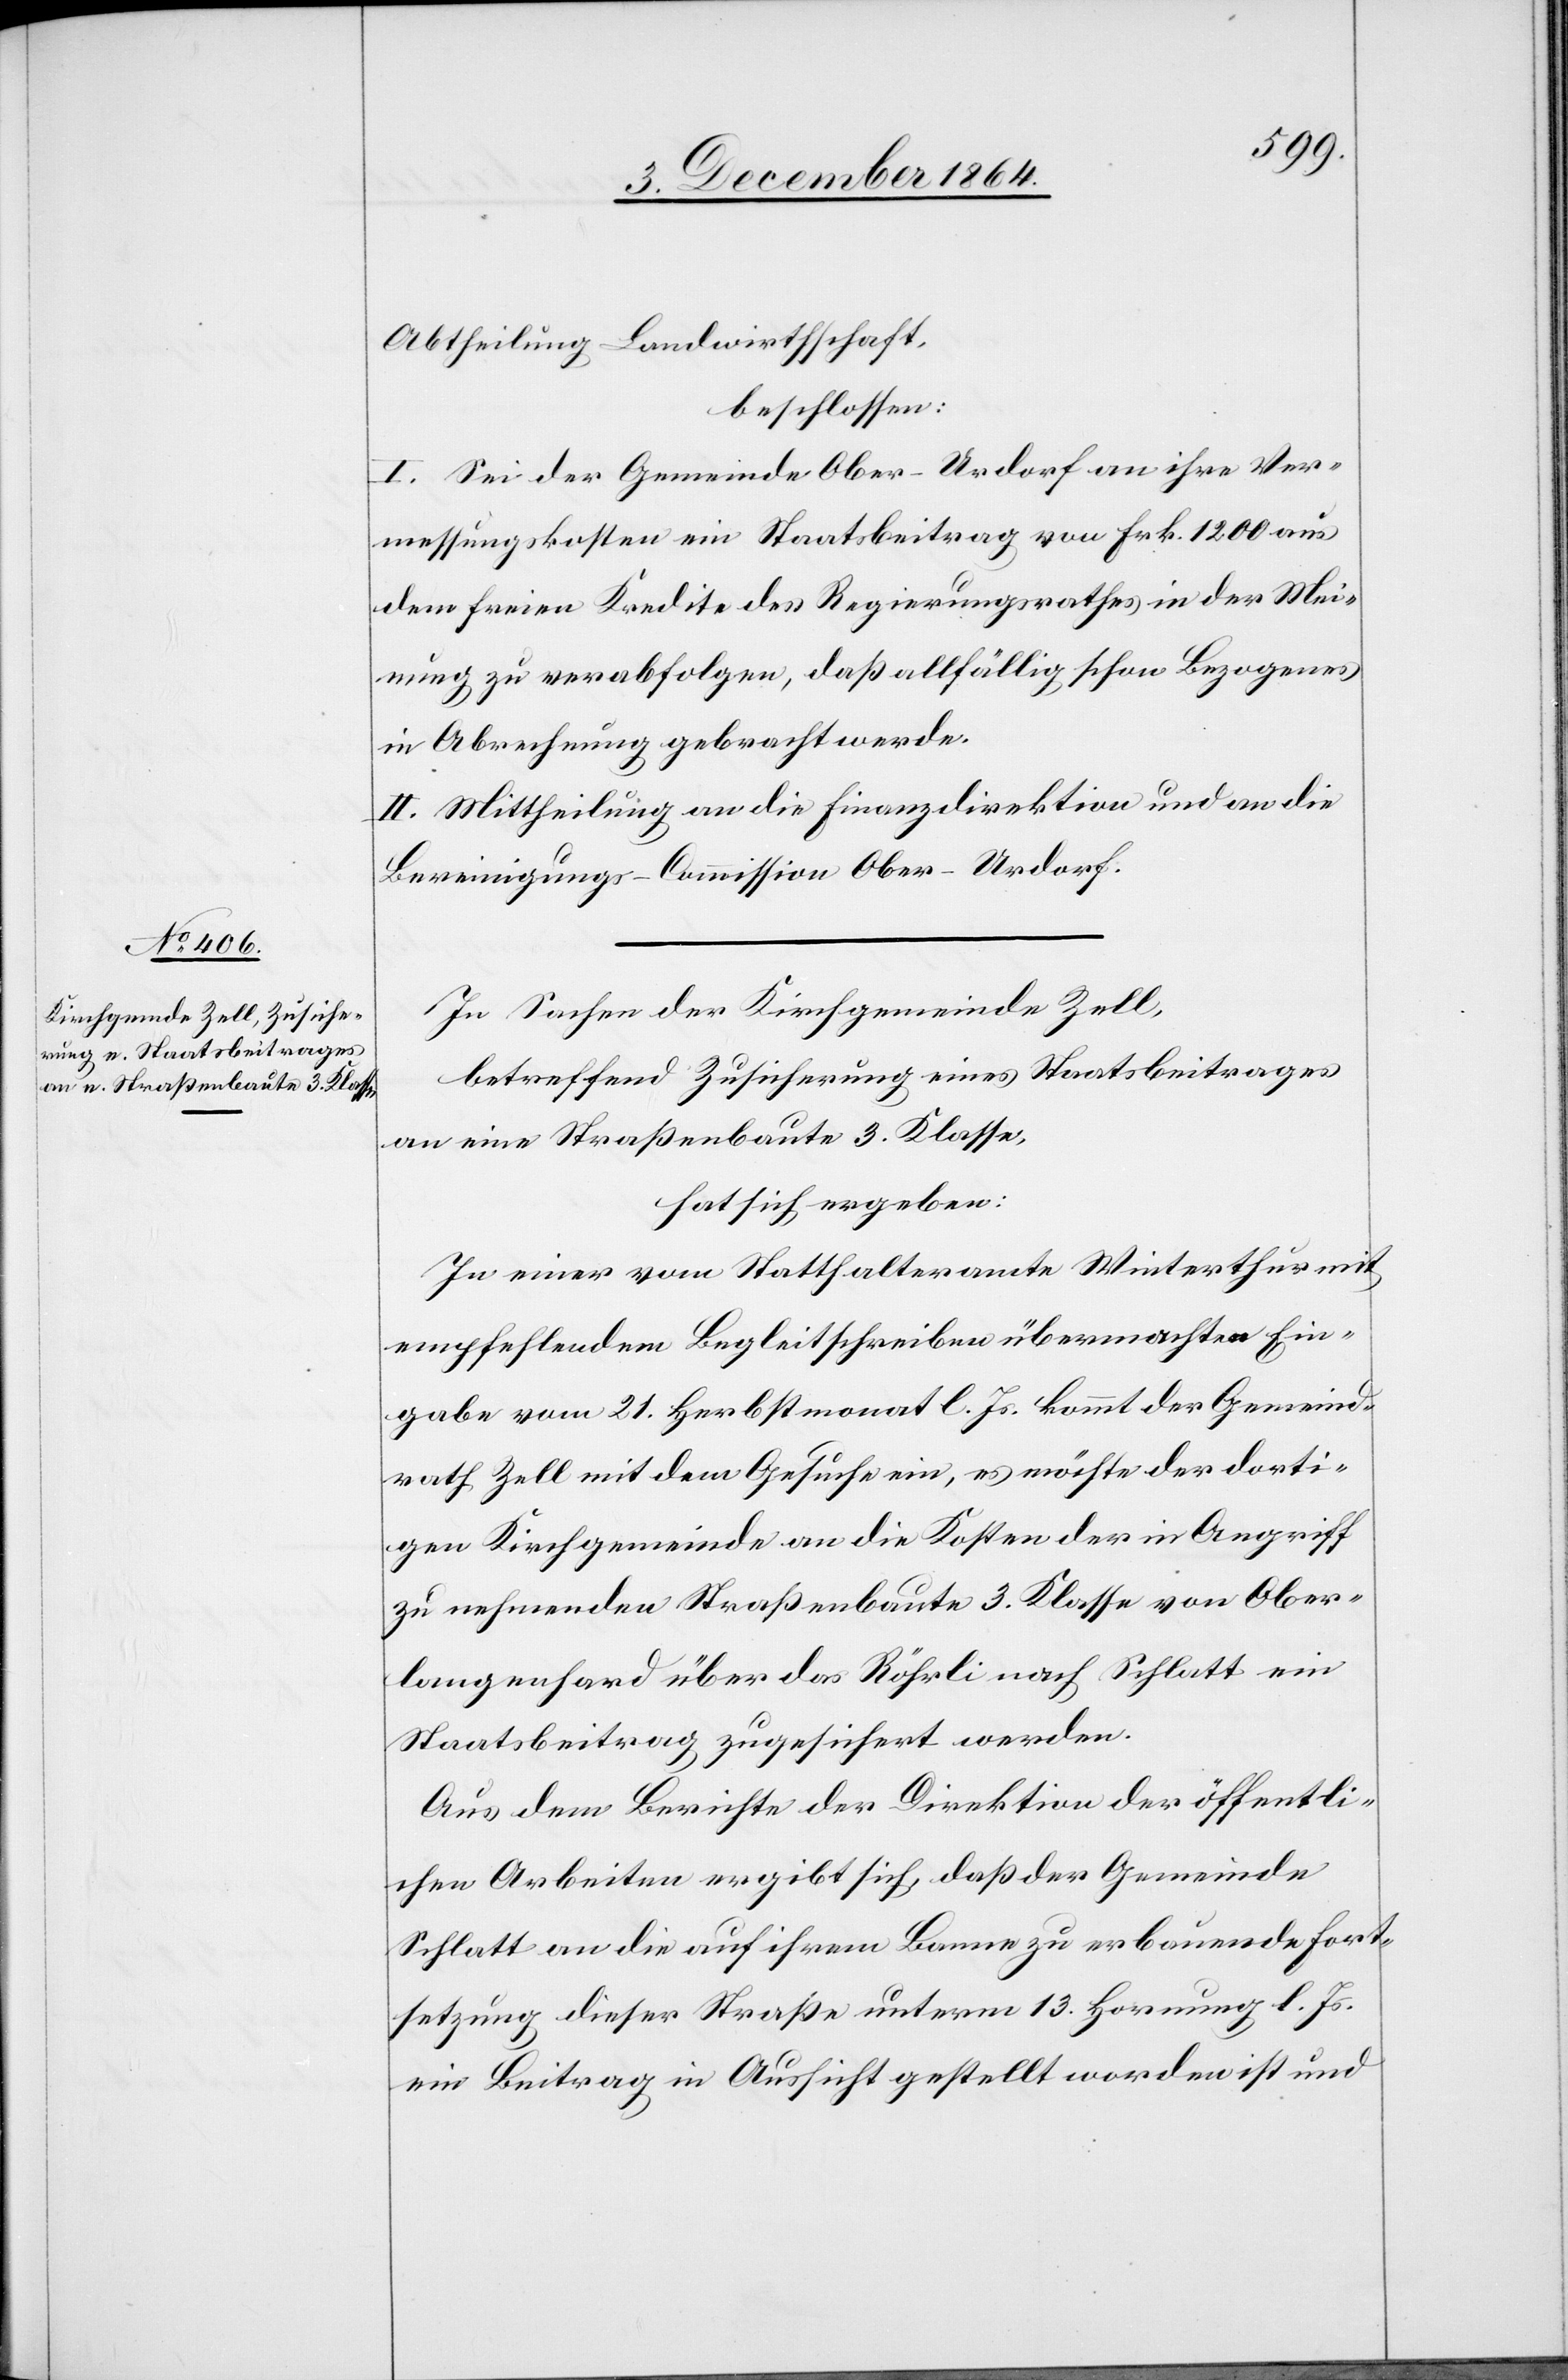
Abtheilung Landwirthschaft,
beschlossen:
I. Sei der Gemeinde Ober-Urdorf an ihre Ver¬
messungskosten ein Staatsbeitrag von Frk. 1 200 aus
dem freien Kredite des Regierungsrathes in der Mei¬
nung zu verabfolgen, daß allfällig schon Bezogenes
in Abrechnung gebracht werde.
II. Mittheilung an die Finanzdirektion und an die
Bereinigungs-Commission Ober-Urdorf.
In Sachen der Kirchgemeinde Zell,
betreffend Zusicherung eines Staatsbeitrages
an eine Straßenbaute 3. Klasse,
hat sich ergeben:
In einer vom Statthalteramte Winterthur mit
empfehlendem Begleitschreiben übermachten Ein¬
gabe vom 21. Herbstmonat l. Js. kommt der Gemeind¬
rath Zell mit dem Gesuche ein, es möchte der dorti¬
gen Kirchgemeinde an die Kosten der in Angriff
zu nehmenden Straßenbaute 3. Klasse von Ober¬
langenhard über das Röhrli nach Schlatt ein
Staatsbeitrag zugesichert werden.
Aus dem Berichte der Direktion der öffentli¬
chen Arbeiten ergibt sich, daß der Gemeinde
Schlatt an die auf ihrem Banne zu erbauende Fort¬
setzung dieser Straße unterm 13. Hornung l. Js.
ein Beitrag in Aussicht gestellt worden ist und